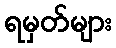
ရမှတ်များ